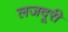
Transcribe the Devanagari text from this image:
लजदूरी